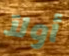
أولآ